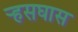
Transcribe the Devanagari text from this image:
र्‍हसघास